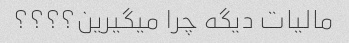
مالیات دیگه چرا میگیرین؟؟؟؟